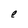
Character: e